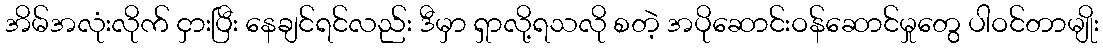
အိမ်အလုံးလိုက် ငှားပြီး နေချင်ရင်လည်း ဒီမှာ ရှာလို့ရသလို စတဲ့ အပိုဆောင်းဝန်ဆောင်မှုတွေ ပါဝင်တာမျိုး